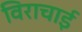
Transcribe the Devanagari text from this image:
विराचाई